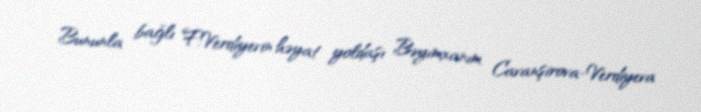
Bununla bağlı F.Verdiyevin həyat yoldaşı Bəyimxanım Cavanşirova-Verdiyeva